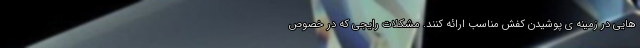
هایی در زمینه ی پوشیدن کفش مناسب ارائه کنند. مشکلات رایجی که در خصوص